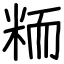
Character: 粫